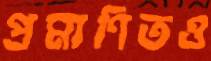
প্রমাণিতও